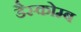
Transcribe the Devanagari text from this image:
डैस्कोम्ब